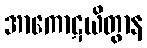
အာကောဋယိတွာန